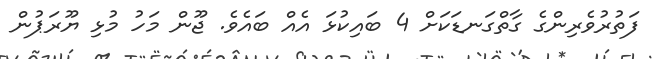
ފަތުރުވެރިންގެ ގާތްގަނޑަކަށް 4 ބައިކުޅަ އެއް ބައެވެ. ޖޫން މަހު މުޅި ޔޫރަޕުން